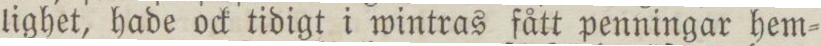
lighet, hade ock tidigt i wintras fått penningar hem=